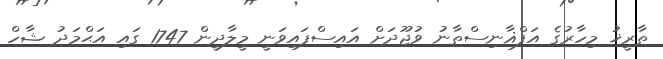
ތާރީޚު މިހާރުގެ އަފްޣާނިސްތާނު ވުޖޫދަށް އައިސްފައިވަނީ މީީލާދީން 1747 ގައި އަޙްމަދު ޝާހް